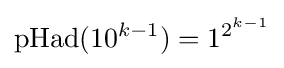
{\text{pHad}}(10^{k-1})=1^{2^{k-1}}